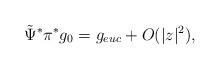
LaTeX: \begin{align*}\tilde{\Psi}^* \pi^* g_0 &= g_{euc} + O(|z|^2), \end{align*}